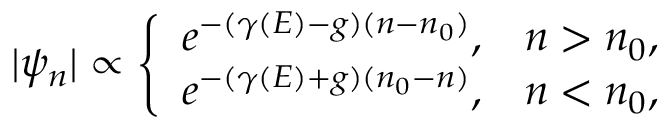
| \psi _ { n } | \propto \left\{ \begin{array} { c c } { e ^ { - ( \gamma ( E ) - g ) ( n - n _ { 0 } ) } , } & { n > n _ { 0 } , } \\ { e ^ { - ( \gamma ( E ) + g ) ( n _ { 0 } - n ) } , } & { n < n _ { 0 } , } \end{array} \right.